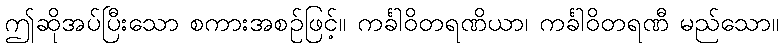
ဤဆိုအပ်ပြီးသော စကားအစဉ်ဖြင့်။ ကင်္ခါဝိတရဏိယာ၊ ကင်္ခါဝိတရဏီ မည်သော။